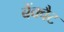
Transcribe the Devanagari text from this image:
बैंक्वैट